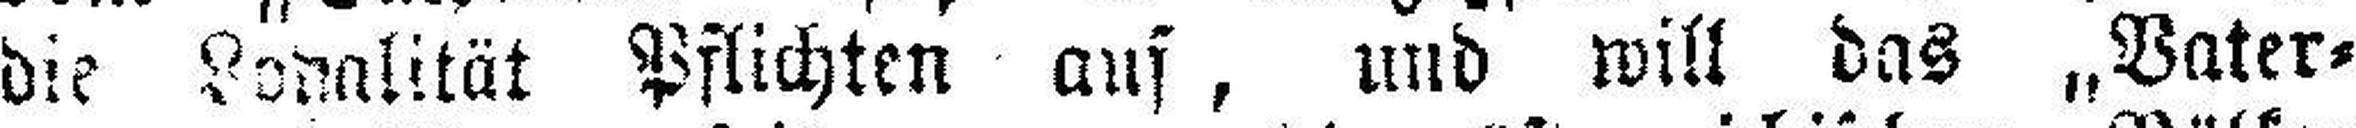
die Loyalität Pflichten auf, und will das „Vater¬